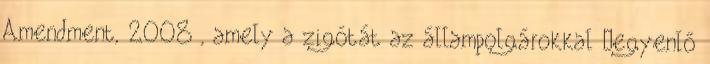
Amendment, 2008 , amely a zigótát az állampolgárokkal „egyenlő